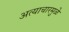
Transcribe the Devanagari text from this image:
अत्याचारमुळे